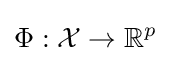
\Phi :{\mathcal {X}}\rightarrow \mathbb {R} ^{p}